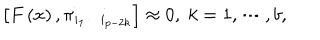
\left[ F \left( x \right) , \pi _ { i _ { 1 } \cdots i _ { p - 2 k } } \right] \approx 0 , \; k = 1 , \cdots , b ,